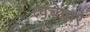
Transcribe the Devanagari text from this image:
त्वचेद्वारे